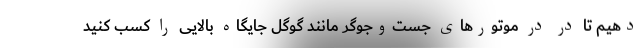
دهیم تا در در موتورهای جست‌وجوگر مانند گوگل جایگاه بالایی را کسب کنید